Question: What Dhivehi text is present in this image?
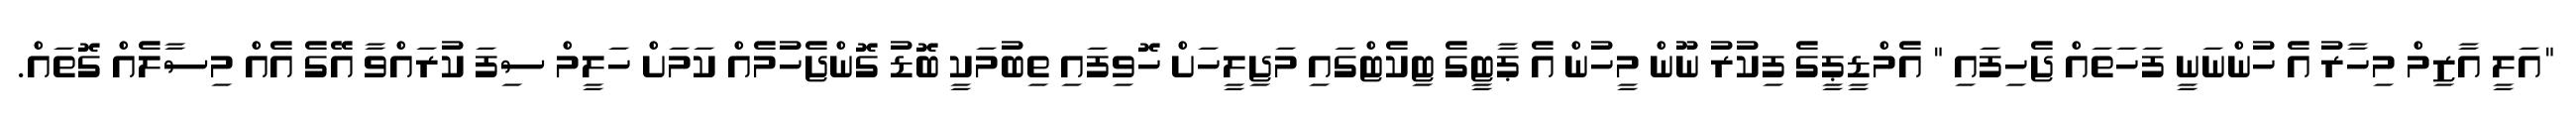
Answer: "އަލީ އާޒިމް މިހާރު އެ ހުންނަނީ ފަހަތައް ޖެހިފައި " އެމްޑީޕީގެ ފިކުރު ނޫން މީހުން އެ ޕާޓީގެ ޓިކެޓްގައި މަޖިލީހަށް ހޮވިފައި ތިބުމަކީ ބޮޑު ގޮންޖެހުމެއް ކަމަށް ހަލީމް ސިފަ ކުރައްވާ އޭގެ އެއް މިސާލެއް ގޮތައް.